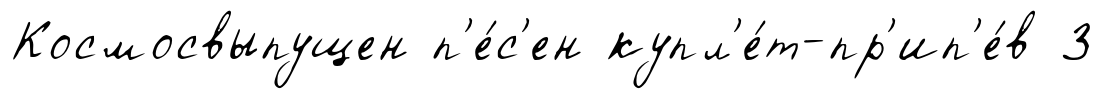
Космосвыпущен п'е́с'ен купл'е́т-пр'ип'е́в 3